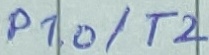
Text: P1.0/T2